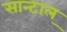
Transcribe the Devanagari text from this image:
सान्टाल्